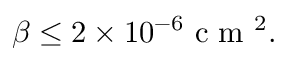
\beta \leq 2 \times 1 0 ^ { - 6 } \mathrm { ~ c ~ m ~ } ^ { 2 } .